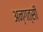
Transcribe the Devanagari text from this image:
अन्गत्सी